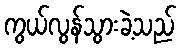
ကွယ်လွန်သွားခဲ့သည်